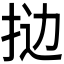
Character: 𫼯